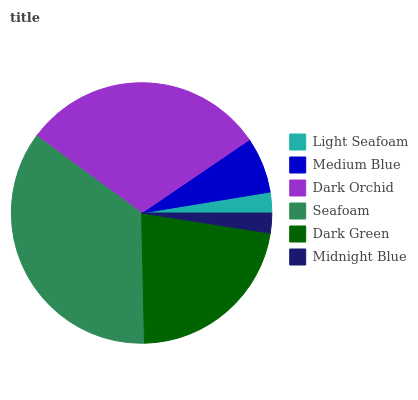
| Light Seafoam | Medium Blue | Dark Orchid | Seafoam | Dark Green | Midnight Blue |
 | --- | --- | --- | --- | --- | --- |
 | 2.58% | 6.92% | 30.4% | 35.5% | 22.1% | 2.47% |